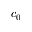
c _ { 0 }